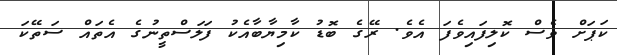
ކަޕަށް ވެސް ކޮލިފައިވެފަ އެވެ. ރޭގެ ބޮޑު ކާމިޔާބާއެކު ފަލަސްތީނުގެ އެތައް ސަތޭކަ